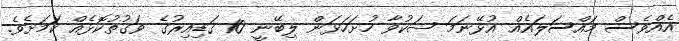
އެއްވެސް މައްސަލައެއް އުޅޭނަމަ ޝަކުވާ ހުށަހަޅަން ލިބޭނީ 10 ގަޑިއިރުގެ ވަގުތުކޮޅެއް ކަމަށެވެ.